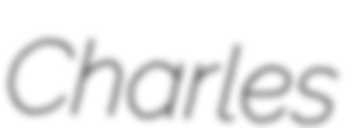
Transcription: Charles